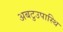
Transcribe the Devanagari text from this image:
अबटुउपास्थि